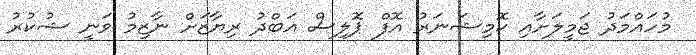
މުހައްމަދު ޖަމީލަށާއި ކޮމިޝަނަރު އޮފް ޕޮލިސް އަބްދު ރިޔާޒަށް ނާޒިމު ވަނީ ޝުކުރު